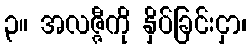
၃။ အလဇ္ဇီကို နှိပ်ခြင်းငှာ၊